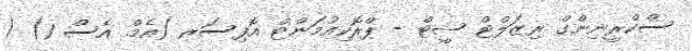
ސްކްރީނިންގް ރިޒަލްޓް ޝީޓް - ޕްރޮކިއުމަންޓް އޮފިސަރ (އެމް. އެސް 1) /